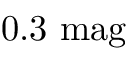
0 . 3 { \mathrm { ~ m a g } }